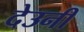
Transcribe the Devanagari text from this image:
देउनी